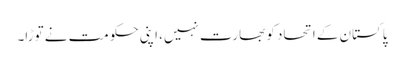
پاکستان کے اتحاد کو بھارت نہیں، اپنی حکومت نے توڑا۔